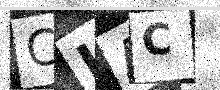
Text: CLAC